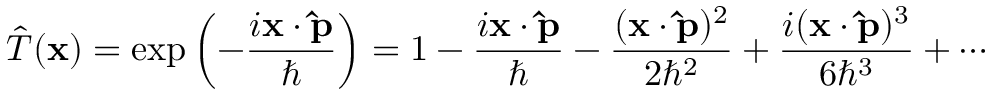
{ \hat { T } } ( \mathbf { x } ) = \exp \left( - { \frac { i \mathbf { x } \cdot \mathbf { \hat { p } } } { \hbar } } \right) = 1 - { \frac { i \mathbf { x } \cdot \mathbf { \hat { p } } } { \hbar } } - { \frac { ( \mathbf { x } \cdot \mathbf { \hat { p } } ) ^ { 2 } } { 2 \hbar ^ { 2 } } } + { \frac { i ( \mathbf { x } \cdot \mathbf { \hat { p } } ) ^ { 3 } } { 6 \hbar ^ { 3 } } } + \cdots